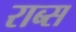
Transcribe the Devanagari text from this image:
राब्स